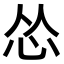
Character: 怂